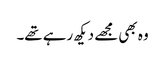
وہ بھی مجھے دیکھ رہے تھے۔